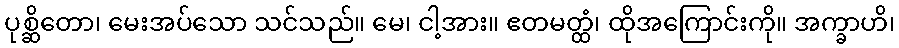
ပုစ္ဆိတော၊ မေးအပ်သော သင်သည်။ မေ၊ ငါ့အား။ ဧတမတ္ထံ၊ ထိုအကြောင်းကို။ အက္ခာဟိ၊